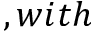
, w i t h